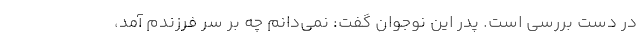
در دست بررسی است. پدر این نوجوان گفت: نمی‌دانم چه بر سر فرزندم آمد،